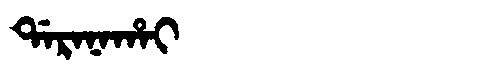
Manchu: ᡩᠠᡵᠠᠨᠠᡥᠠᡳ
Romanization: DARANAHAI